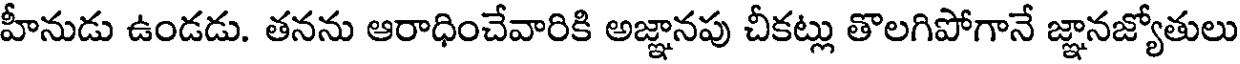
హీనుడు ఉండడు. తనను ఆరాధించేవారికి అజ్ఞానపు చీకట్లు తొలగిపోగానే జ్ఞానజ్యోతులు